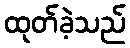
ထုတ်ခဲ့သည်